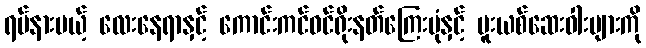
ရပ်နားမယ့် လေးနေရာနှင့် ကောင်းကင်ဝင်ရိုးနတ်ကြေးမုံနှင့် မူးယစ်ဆေးဝါးများကို